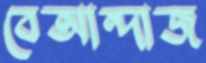
বেআন্দাজ